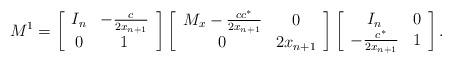
LaTeX: \begin{align*}M^1=\left[\begin{array}{cc}I_n&-\frac{c}{2x_{n+1}}\\0&1\end{array}\right]\left[\begin{array}{cc}M_x-\frac{cc^*}{2x_{n+1}}&0\\0&2x_{n+1}\end{array}\right]\left[\begin{array}{cc}I_n&0\\-\frac{c^*}{2x_{n+1}}&1\end{array}\right].\end{align*}